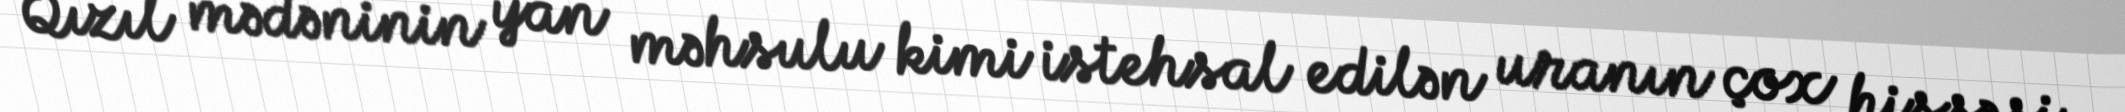
Qızıl mədəninin yan məhsulu kimi istehsal edilən uranın çox hissəsi